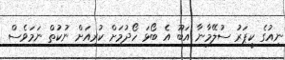
ނިއުގެ ކީޕަރު ސުލޭމާނާ އަބޫ އެ ބޯޅަ ހޯދުމަށް ކުރިއަށް ނުކުތް ނަމަވެސް